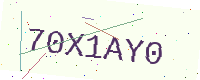
Text: 70X1AY0